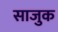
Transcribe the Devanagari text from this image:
साजुक